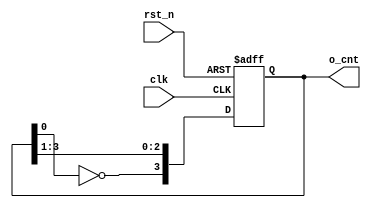
module cnt_johnson(
    input clk, rst_n,
    output [3:0] o_cnt
    );
    reg [3:0] cnt;
always @(posedge clk or negedge rst_n) begin
	if (!rst_n) begin
		cnt <= 4'b0000;
	end else begin
		cnt <= {~cnt[0],cnt[3:1]};
	end
end

assign o_cnt = cnt;

endmodule